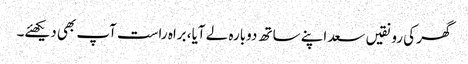
گھر کی رونقیں سعد اپنے ساتھ دوبارہ لے آیا، براہ راست آپ بھی دیکھئے۔